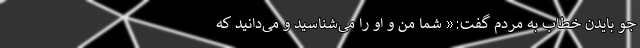
جو بایدن خطاب به مردم گفت:« شما من و او را می‌شناسید و می‌دانید که